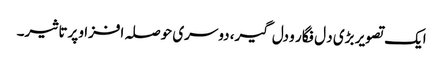
ایک تصویر بڑی د ل فگار و دل گیر، دوسری حوصلہ افزا و پرتاثیر۔